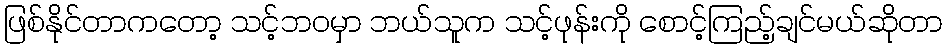
ဖြစ်နိုင်တာကတော့ သင့်ဘဝမှာ ဘယ်သူက သင့်ဖုန်းကို စောင့်ကြည့်ချင်မယ်ဆိုတာ